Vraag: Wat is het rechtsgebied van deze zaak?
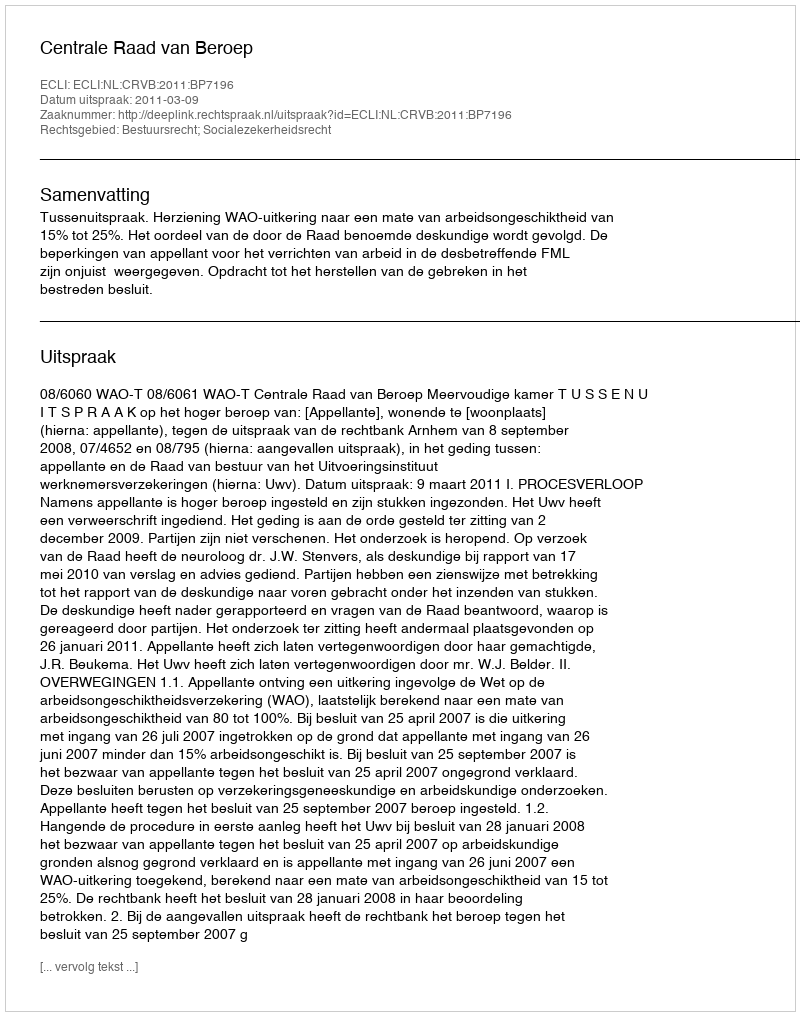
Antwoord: Bestuursrecht; Socialezekerheidsrecht